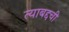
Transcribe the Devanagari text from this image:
त्याबद्दची